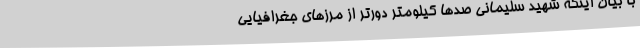
با بیان اینکه شهید سلیمانی صدها کیلومتر دورتر از مرزهای جغرافیایی